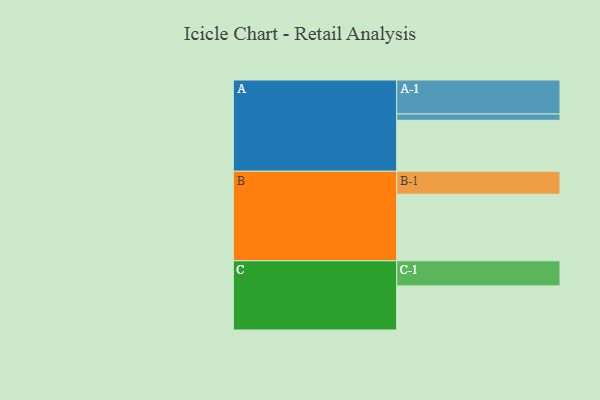
{"axis": {"x": "Segment", "y": "Value"}, "legend": ["", "A", "B", "C"], "data": [{"x": "A", "y": 448, "type": ""}, {"x": "B", "y": 586, "type": ""}, {"x": "C", "y": 388, "type": ""}, {"x": "A-1", "y": 299, "type": "A"}, {"x": "A-2", "y": 56, "type": "A"}, {"x": "B-1", "y": 202, "type": "B"}, {"x": "C-1", "y": 221, "type": "C"}]}